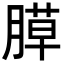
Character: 𦞻